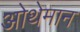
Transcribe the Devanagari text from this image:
ओथेमान